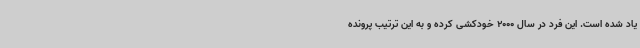
یاد شده است. این فرد در سال 2000 خودکشی کرده و به این ترتیب پرونده